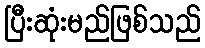
ပြီးဆုံးမည်ဖြစ်သည်